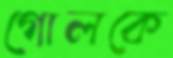
গোলকে